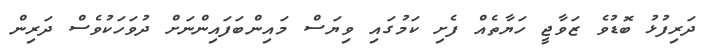
ދަރިފުޅު ބޮޑުވެ ޒަވާޖީ ހަޔާތެއް ފެށި ކަމުގައި ވިޔަސް މައިންބަފައިންނަށް ދުވަހަކުވެސް ދަރިން